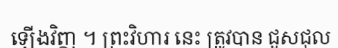
ឡើងវិញ ។ ព្រះវិហារ នេះ ត្រូវបាន ជួសជុល